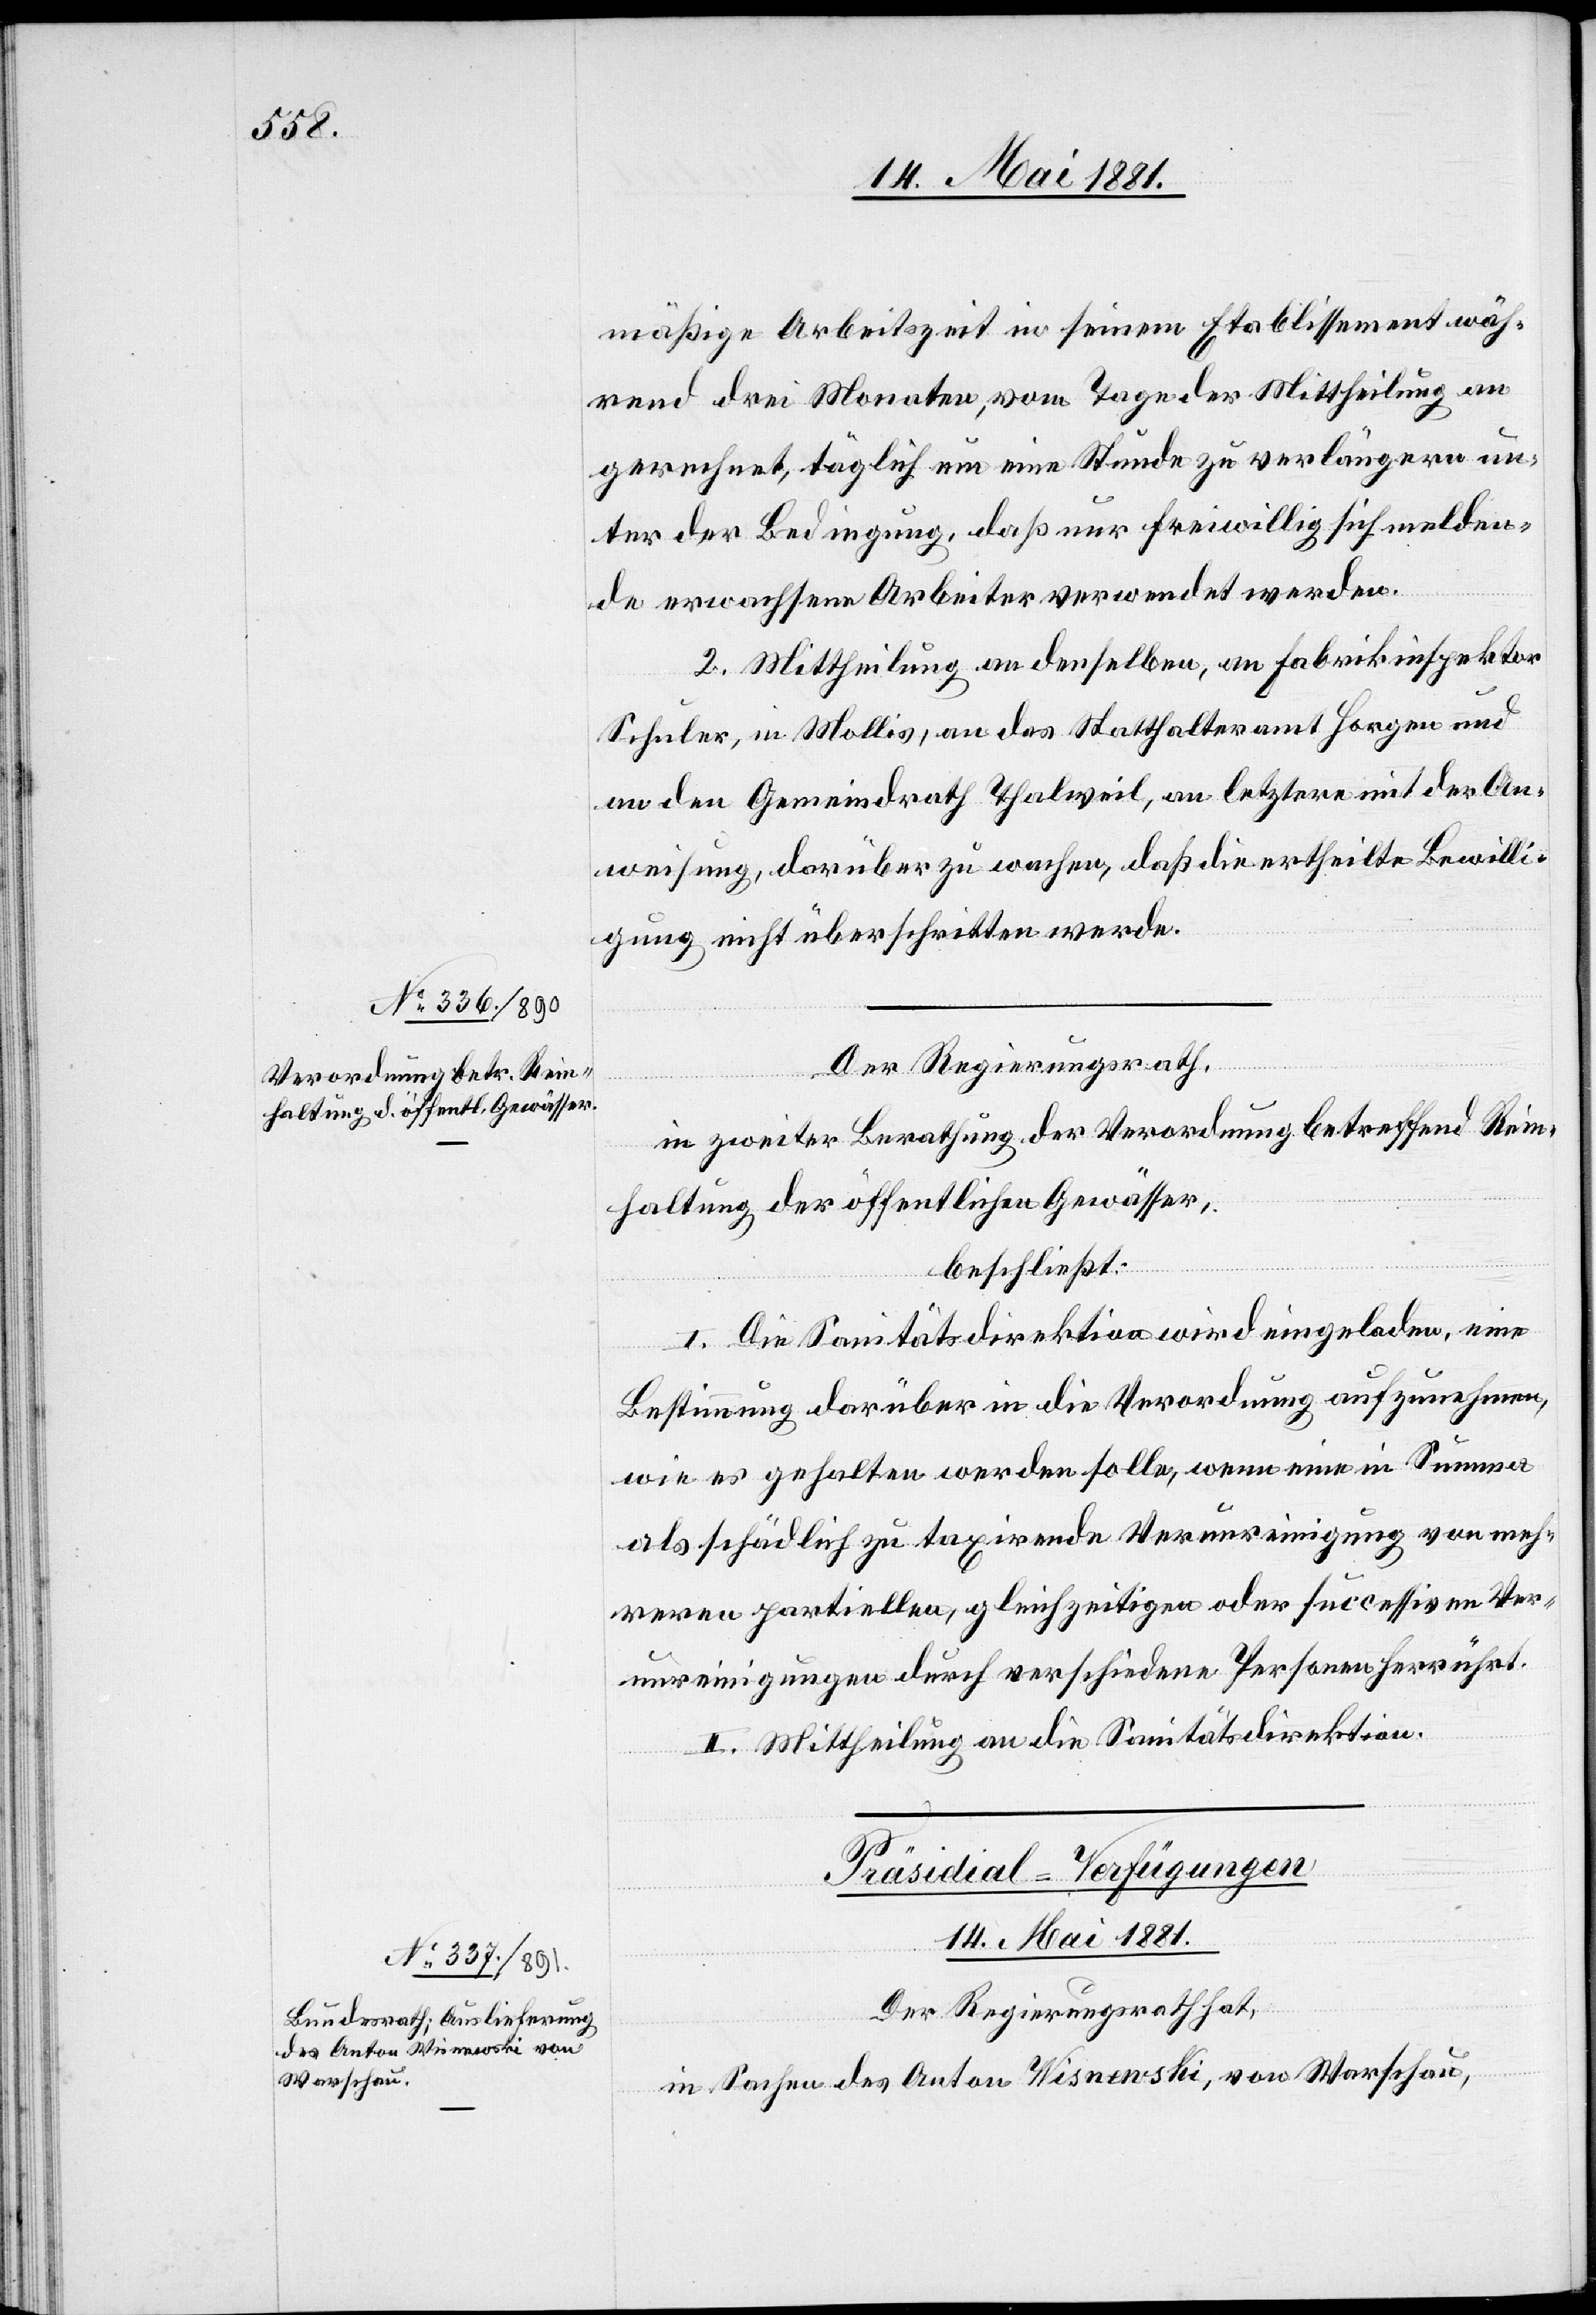
14. Mai 1881
mäßige Arbeitszeit in seinem Etablissement wäh¬
rend drei Monaten, vom Tage der Mittheilung an
gerechnet, täglich um eine Stunde zu verlängern un¬
ter der Bedingung, daß nur freiwillig sich melden¬
de erwachsene Arbeiter verwendet werden.
2. Mittheilung an denselben, an Fabrikinspektor
Schuler, in Mollis, an das Statthalteramt Horgen und
an den Gemeindrath Thalweil, an letzern mit der An¬
weisung, darüber zu wachen, daß die ertheilte Bewilli¬
gung nicht überschritten werde.
Der Regierungsrath,
in zweiter Berathung der Verordnung betreffend Rein¬
haltung der öffentlichen Gewässer,
beschließt:
I. Die Sanitätsdirektion wird eingeladen, eine
Bestimmung darüber in die Verordnung aufzunehmen,
wie es gehalten werden solle, wenn eine in Summa
als schädlich zu taxirende Verunreinigung von meh¬
reren partiellen, gleichzeitigen oder successiven Ver¬
unreinigungen durch verschiedene Personen herrührt.
II. Mittheilung an die Sanitätsdirektion.
Präsidial-Verfügungen
Der Regierungsrath hat,
in Sachen des Anton Wisnewski, aus Warschau,